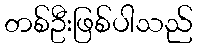
တစ်ဦးဖြစ်ပါသည်